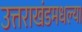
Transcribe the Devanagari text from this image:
उत्तराखंडमधल्या